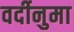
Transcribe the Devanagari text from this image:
वर्दीनुमा